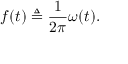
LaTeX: f ( t ) \triangleq { \frac { 1 } { 2 \pi } } \omega ( t ) .